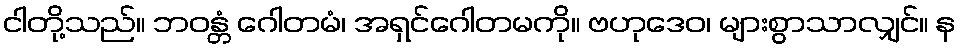
ငါတို့သည်။ ဘဝန္တံ ဂေါတမံ၊ အရှင်ဂေါတမကို။ ဗဟုဒေဝ၊ များစွာသာလျှင်။ န